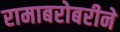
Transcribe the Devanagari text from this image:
रामाबरोबरीने